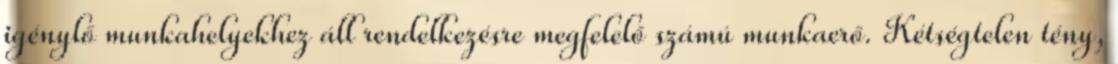
igénylő munkahelyekhez áll rendelkezésre megfelelő számú munkaerő. Kétségtelen tény,